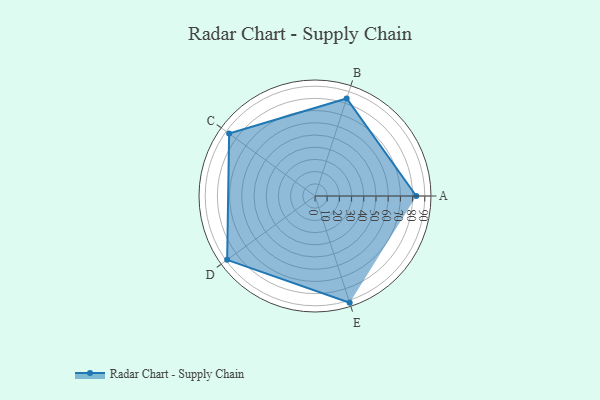
{"axis": {"x": "Skill", "y": "Score"}, "legend": ["Profile"], "data": [{"x": "A", "y": 83.0, "type": "Profile"}, {"x": "B", "y": 84.0, "type": "Profile"}, {"x": "C", "y": 87.0, "type": "Profile"}, {"x": "D", "y": 89.0, "type": "Profile"}, {"x": "E", "y": 92.0, "type": "Profile"}]}